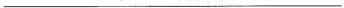
___